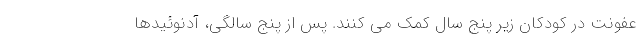
عفونت در کودکان زیر پنج سال کمک می کنند. پس از پنج سالگی، آدنوئیدها